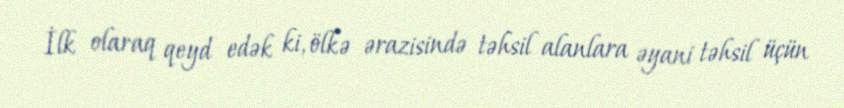
İlk olaraq qeyd edək ki, ölkə ərazisində təhsil alanlara əyani təhsil üçün